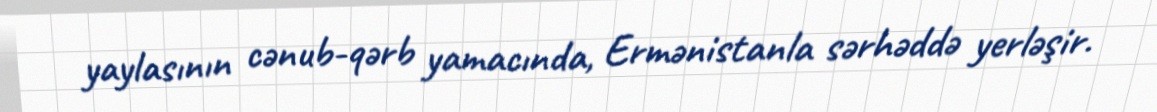
yaylasının cənub-qərb yamacında, Ermənistanla sərhəddə yerləşir.